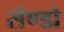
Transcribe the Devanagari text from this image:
सॅण्डो